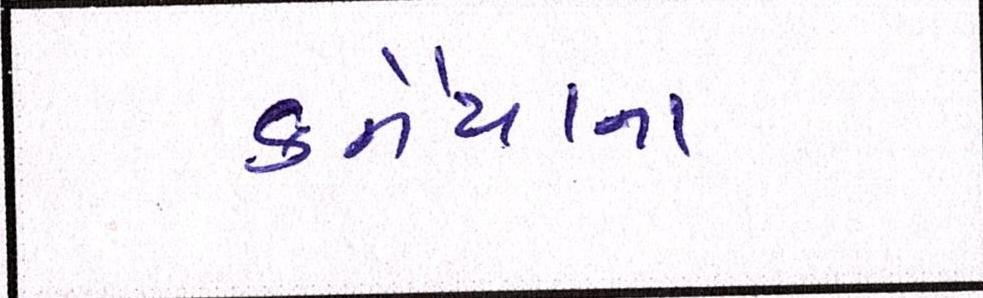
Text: કનૈયાના